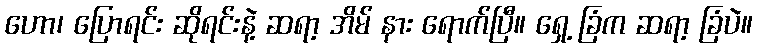
ဟော၊ ပြောရင်း ဆိုရင်းနဲ့ ဆရာ့ အိမ် နား ရောက်ပြီ။ ရှေ့ ခြံက ဆရာ့ ခြံပဲ။